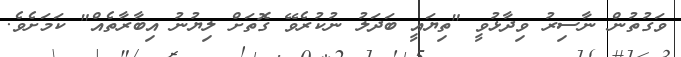
ވަގުތުން ނާސިރު ވިދާޅުވީ "ތިޔައީ ބަދަލު ނުކުރެވޭ ގޮތަށް ލިޔުނު އިބާރާތެއް" ކަމަށެވެ.